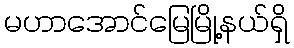
မဟာအောင်မြေမြို့နယ်ရှိ